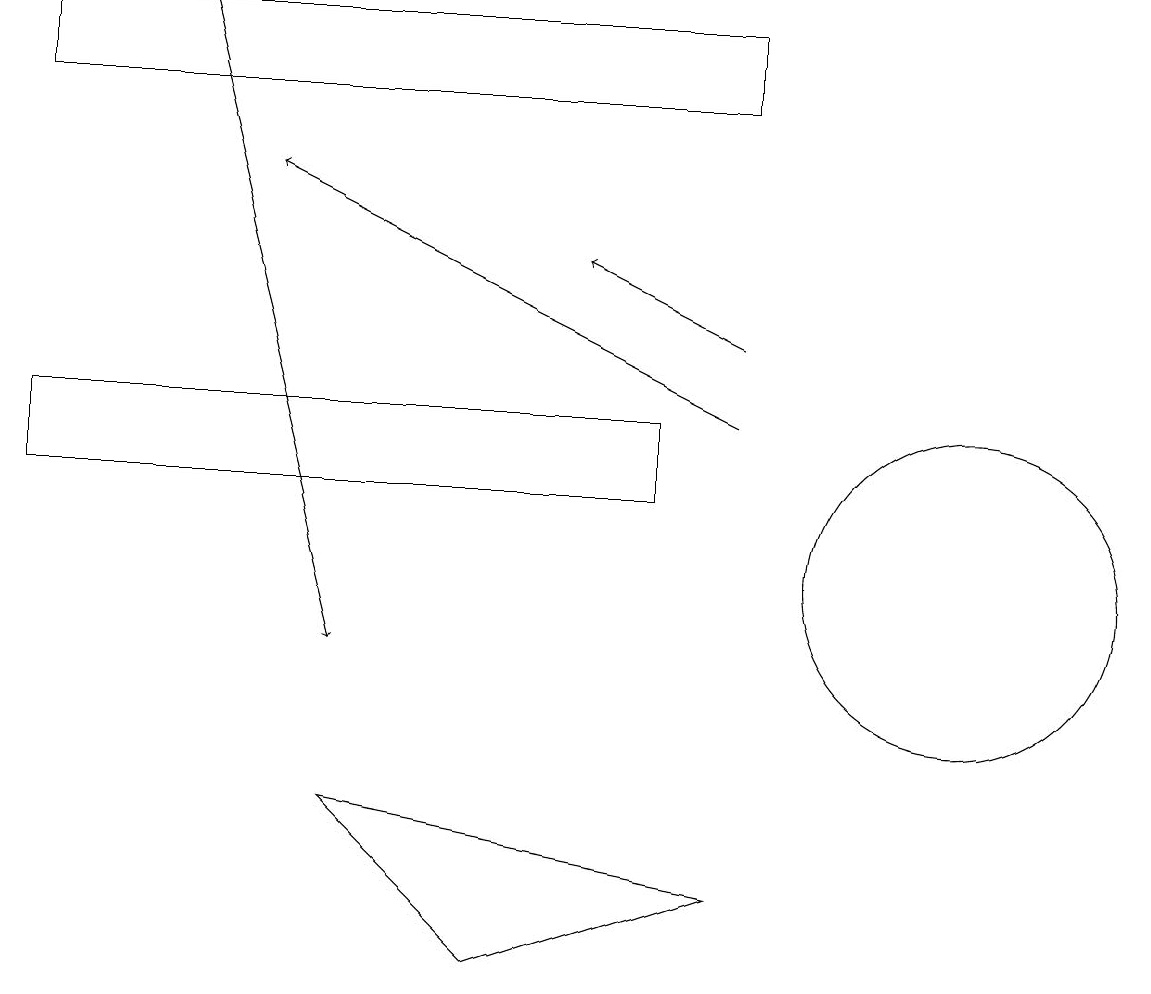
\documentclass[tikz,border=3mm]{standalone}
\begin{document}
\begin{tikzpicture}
\draw (0,18) rectangle (9,17);
\draw[->] (2,18) -- (4,10);
\draw (0,13) rectangle (8,12);
\draw[->] (9,13) -- (3,16);
\draw[->] (9,14) -- (7,15);
\draw (12,11) circle (2);
\draw (6,6) -- (9,7) -- (4,8) -- cycle;
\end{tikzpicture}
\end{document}